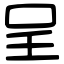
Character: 呈